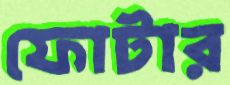
ফোটার